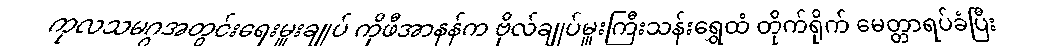
ကုလသမဂ္ဂအတွင်းရေးမှူးချုပ် ကိုဖီအာနန်က ဗိုလ်ချုပ်မှူးကြီးသန်းရွှေထံ တိုက်ရိုက် မေတ္တာရပ်ခံပြီး